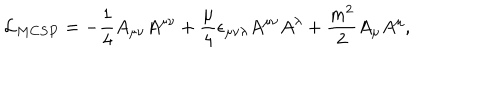
{ \cal L } _ { M C S P } = - { \frac { 1 } { 4 } } A _ { \mu \nu } A ^ { \mu \nu } + { \frac { \mu } { 4 } } \epsilon _ { \mu \nu \lambda } A ^ { \mu \nu } A ^ { \lambda } + { \frac { m ^ { 2 } } { 2 } } A _ { \mu } A ^ { \mu } ,